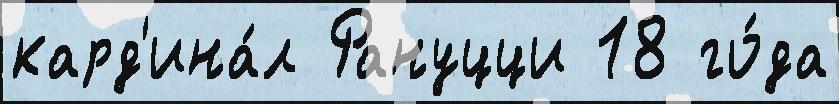
кард'ина́л Рануцци 18 го́да